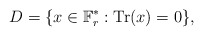
\begin{align*} D=\{x\in \mathbb{F}_{r}^*:\mathrm{Tr}(x)=0\},\end{align*}